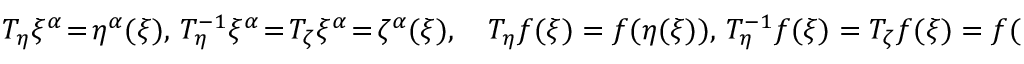
T _ { \eta } \xi ^ { \alpha } \! = \! \eta ^ { \alpha } ( \xi ) , \, T _ { \eta } ^ { - 1 } \xi ^ { \alpha } \! = \! T _ { \zeta } \xi ^ { \alpha } \! = \! \zeta ^ { \alpha } ( \xi ) , \quad T _ { \eta } f ( \xi ) = f ( \eta ( \xi ) ) , \, T _ { \eta } ^ { - 1 } f ( \xi ) = T _ { \zeta } f ( \xi ) = f ( \zeta ( \xi ) ) ,